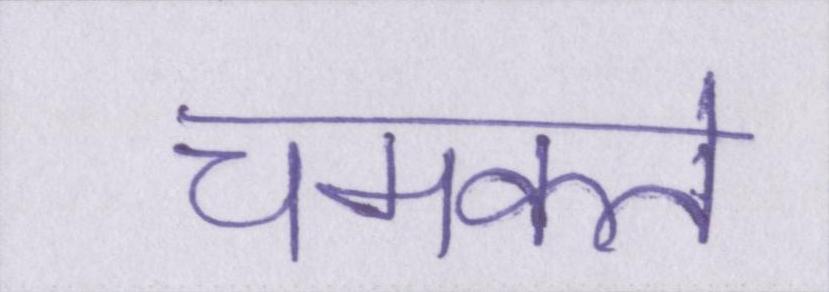
चमकते